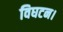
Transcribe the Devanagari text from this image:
विघटन।